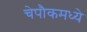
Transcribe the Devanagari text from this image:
चेपौकमध्ये